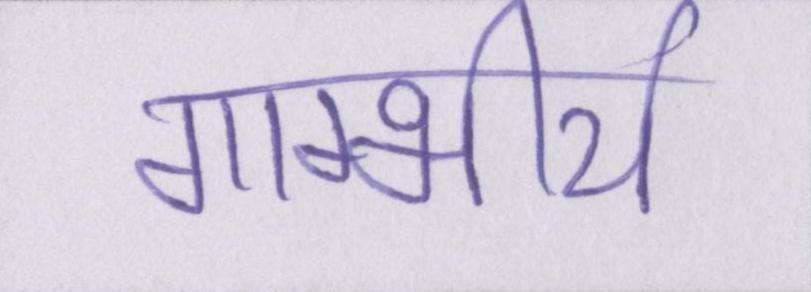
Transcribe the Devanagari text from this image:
गाम्भीर्य